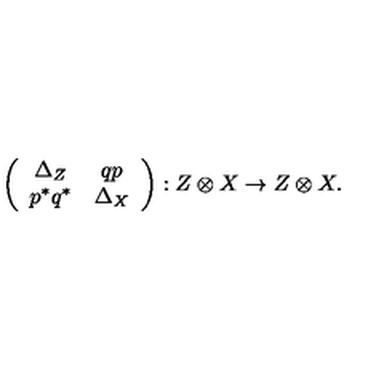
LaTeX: \left( \begin{array} { c c } { \Delta _ { Z } } & { q p } \\ { p ^ { * } q ^ { * } } & { \Delta _ { X } } \\ \end{array} \right) : Z \otimes X \to Z \otimes X .